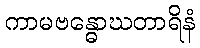
ကာမဗန္ဓောဃတာရိနံ